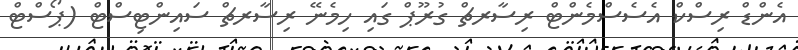
އެންޑް ރިސްކް އެސެސްމެންޓް ރިސާރޗް ގުރޫޕް ގައި ހިމެނޭ ރިސާރޗް ސައިންޓިސްޓް (ޕޯސްޓް